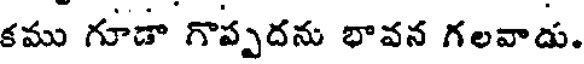
కము గూడా గొప్పదను భావన గలవాడు.